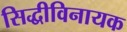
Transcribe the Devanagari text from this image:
सिद्धीविनायक